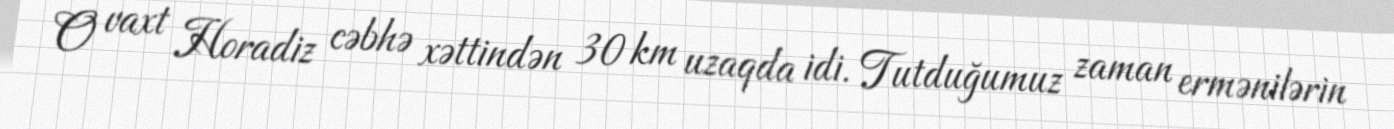
O vaxt Horadiz cəbhə xəttindən 30 km uzaqda idi. Tutduğumuz zaman ermənilərin